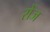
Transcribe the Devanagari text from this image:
रोंज